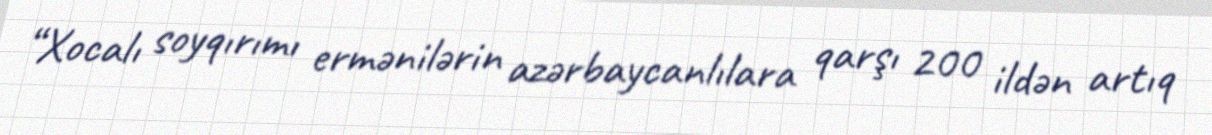
“Xocalı soyqırımı ermənilərin azərbaycanlılara qarşı 200 ildən artıq